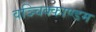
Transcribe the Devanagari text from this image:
वञ्चिक्काण्डम